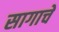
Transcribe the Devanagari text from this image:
सागाचे